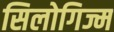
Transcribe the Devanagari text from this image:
सिलोगिज्म